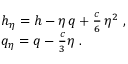
\begin{array} { l } { { h _ { \eta } = h - \eta \, q + { \frac { c } { 6 } } \, \eta ^ { 2 } ~ , } } \\ { { q _ { \eta } = q - { \frac { c } { 3 } } \eta ~ . } } \end{array}